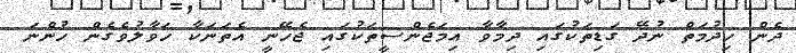
ދެން ހިދުމަތް ނުދޭ ގަޑިތަކުގައި ދިމާވާ އިމަޖެންސީތަކުގައި ޖެހޭނީ އެތަނަކާ ހަވާލުވެގެން ހުންނަ